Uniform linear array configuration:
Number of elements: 24
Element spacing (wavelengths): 0.25
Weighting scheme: hann
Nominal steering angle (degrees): -45
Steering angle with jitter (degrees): -45.307
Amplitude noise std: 0.05
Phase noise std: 0.05

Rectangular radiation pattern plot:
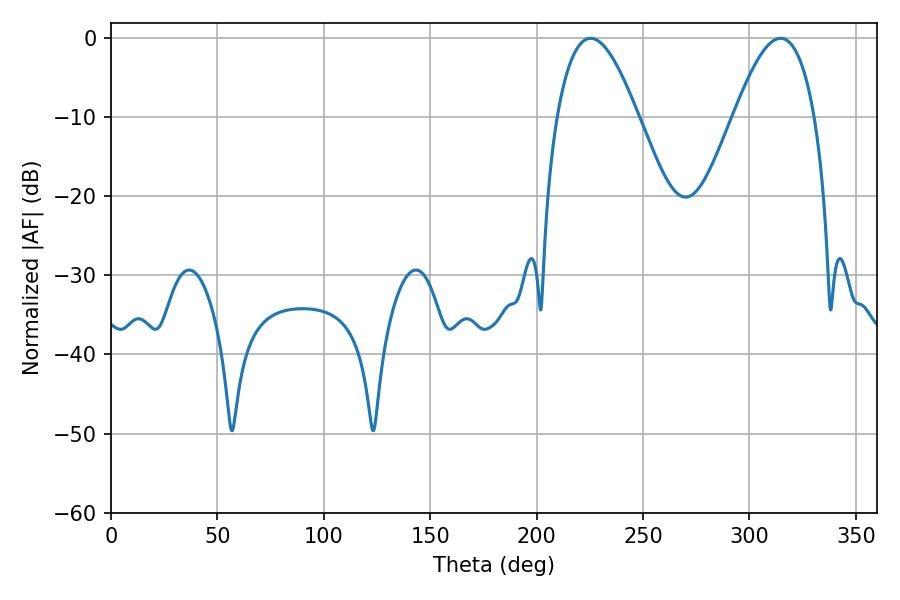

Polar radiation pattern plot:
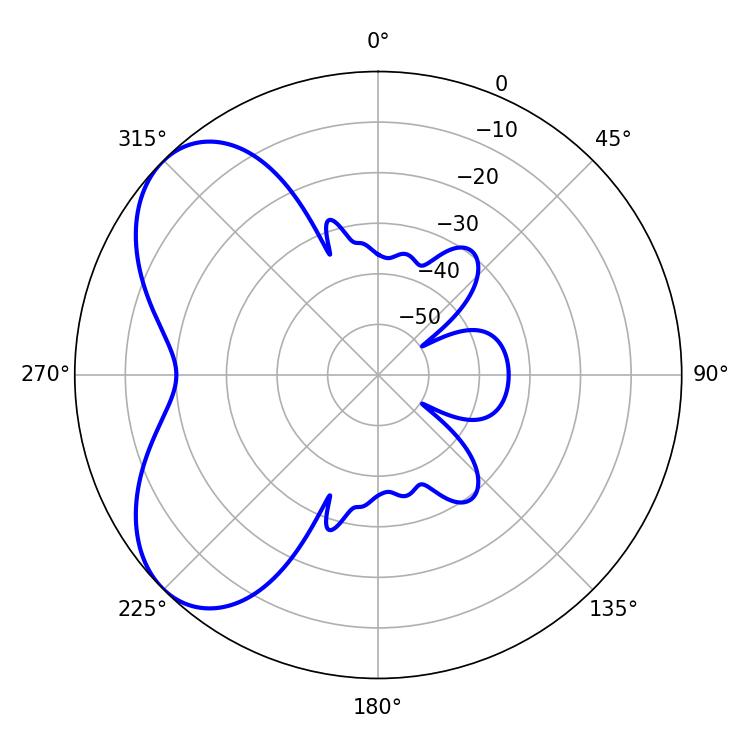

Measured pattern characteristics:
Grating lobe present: FALSE
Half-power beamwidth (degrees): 20.7
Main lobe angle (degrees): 225.36